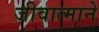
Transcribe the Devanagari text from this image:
जीवात्माने